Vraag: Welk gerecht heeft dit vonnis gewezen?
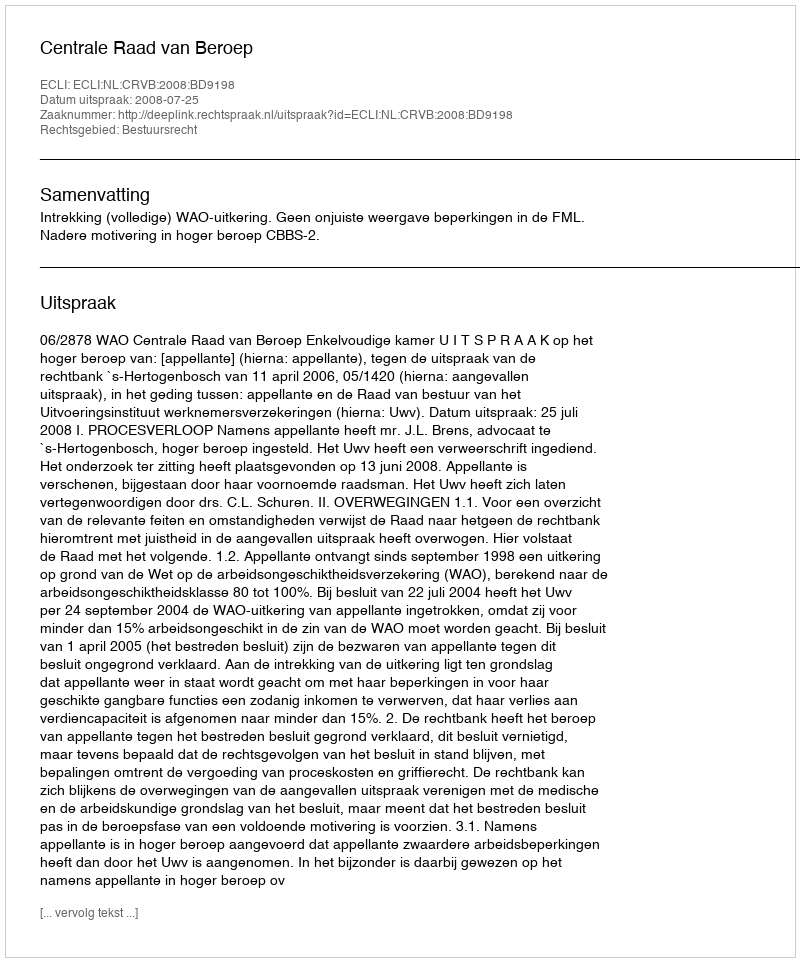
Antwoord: Centrale Raad van Beroep